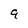
Character: 9